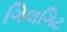
ગિલગિટ